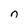
Character: n